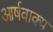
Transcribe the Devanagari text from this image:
आर्षवाक्य